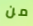
من